Civil Veterinary Department Bihar & Orissa reports 1929-36 - 1929-1936
Year: 1929
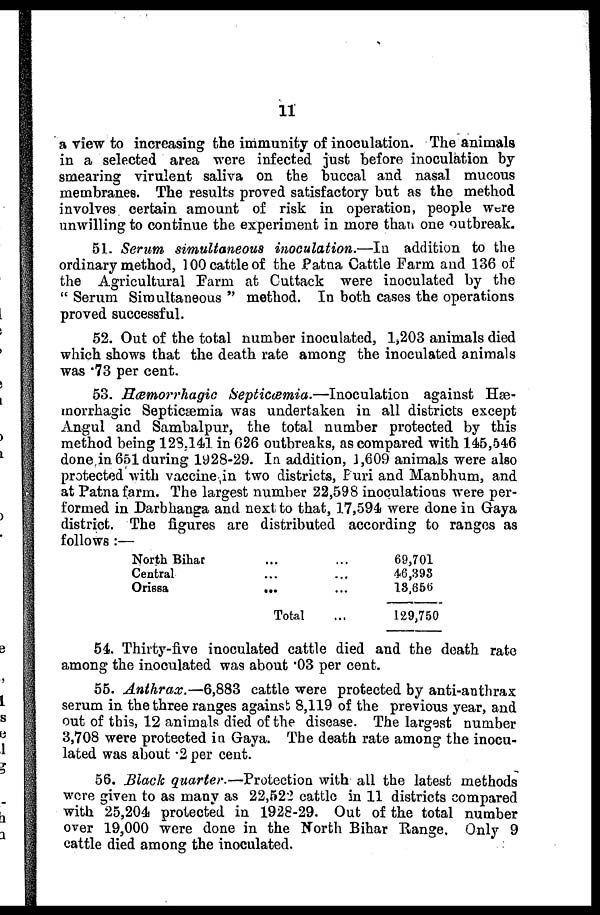
11
a view to increasing the immunity of inoculation. The animals
in a selected area were infected just before inoculation by
smearing virulent saliva on the buccal and nasal mucous
membranes. The results proved satisfactory but as the method
involves certain amount of risk in operation, people Were
unwilling to continue the experiment in more than one outbreak.
51. Serum simultaneous inoculation.—Iu
addition to the
ordinary method, 100 cattle of the Patna Cattle Farm and 136 of
the Agricultural Farm at Cuttack were inoculated by the
" Serum Simultaneous " method. In both cases the operations
proved successful.
52. Out of the total number inoculated, 1,203 animals died
which shows that the death rate among the inoculated animals
was . 73 per cent.
53. Hæmorrhagic Septicæmia.—Inoculation
against H--
morrhagic Septicaemia was undertaken in all districts except
Angul and Sambalpur, the total number protected by this
method being 123.141 in G26 outbreaks, as compared with 145, 546
done in 651 during 1928-29. In addition, 1,609 animals were also
protected with vaccine in two districts, Puri and Manbhum, and
at Patna farm. The largest number 22,598 inoculations were per-
formed in Darbhanga and next to that, 17,594 were done in Gaya
district. The figures are distributed according to ranges as
follows :—
North Bihar
Central
Orissa
...
...
...
Total
...
...
...
...
69,701
46,393
13,656
129,750
54. Thirty-five inoculated cattle died and the death rate
among the inoculated was about . 03 per cent.
55. Anthrax.—6,883
cattle were protected by anti-anthrax
serum in the three ranges against 8,119 of the previous year, and
out of this, 12 animals died of the disease. The largest number
3,708 were protected in Gaya. The death rate among the inocu-
lated was about . 2 per cent.
56. Black quarter.—Protection with all the latest methods
wore given to as many as 22,522 cattle in 11 districts compared
with 25,204 protected in 1928-29. Out of the total number
over 19,000 were done in the North Bihar Range. Only 9
cattle died among the inoculated.